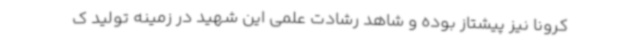
کرونا نیز پیشتاز بوده و شاهد رشادت علمی این شهید در زمینه تولید ک